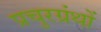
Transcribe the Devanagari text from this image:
प्रचुरग्रंथों